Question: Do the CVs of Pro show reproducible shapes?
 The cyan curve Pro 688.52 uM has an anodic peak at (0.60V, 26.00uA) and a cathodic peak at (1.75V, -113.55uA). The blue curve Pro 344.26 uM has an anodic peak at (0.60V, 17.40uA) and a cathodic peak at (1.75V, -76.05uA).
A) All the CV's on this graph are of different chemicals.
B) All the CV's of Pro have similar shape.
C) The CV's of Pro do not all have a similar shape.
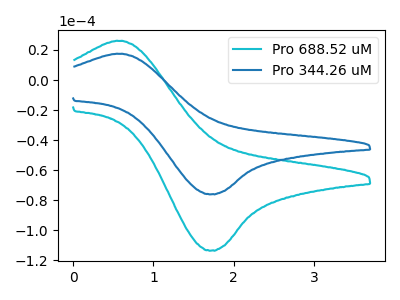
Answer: <think>All the peaks in "Pro 688.52 uM" have a peak in "Pro 344.26 uM" at the same potential. Every peak in "Pro 688.52 uM" is higher than every peak in "Pro 344.26 uM".
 </think>
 <answer>B) All the CV's of "Pro" have similar shape.</answer>
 <eval>B</eval>